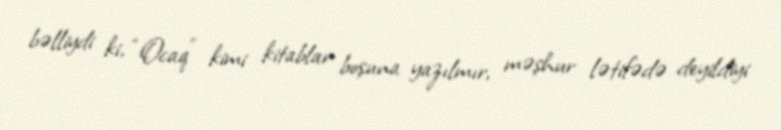
bəlliydi ki, “Ocaq” kimi kitablar boşuna yazılmır, məşhur lətifədə deyildiyi